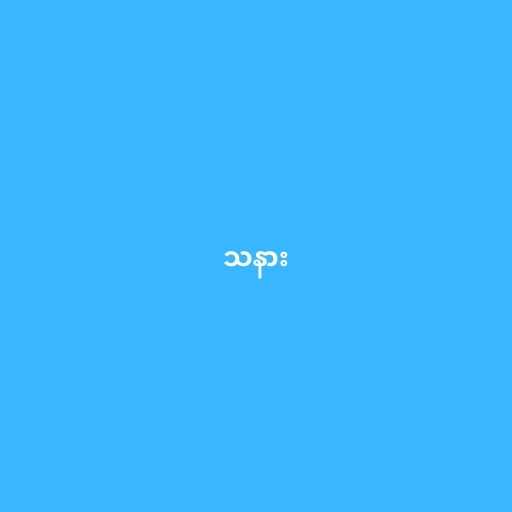
သနား